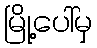
မြို့ပေါ်မှ